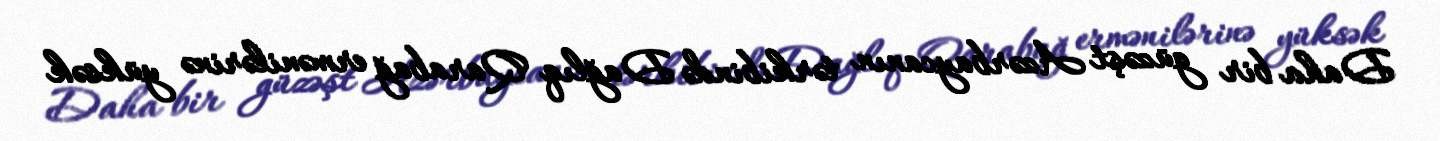
Daha bir güzəşt Azərbaycanın tərkibində Dağlıq Qarabağ ermənilərinə yüksək